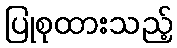
ပြုစုထားသည့်